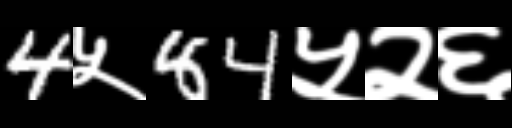
Text: 4५84५२६